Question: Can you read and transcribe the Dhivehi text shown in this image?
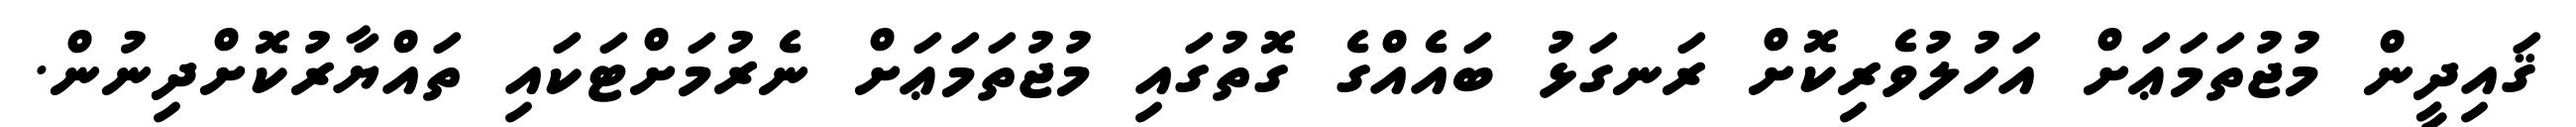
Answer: ޤައިދީން މުޖުތަމަޢަށް އަހުލުވެރިކޮށް ރަނގަޅު ބައެއްގެ ގޮތުގައި މުޖުތަމަޢަށް ނެރުމަށްޓަކައި ތައްޔާރުކޮށްދިނުން.